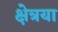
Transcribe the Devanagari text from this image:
क्षेत्रया